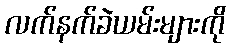
လက်နက်ခဲယမ်းများကို